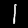
Label: 1